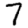
Digit: 7